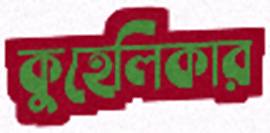
কুহেলিকার